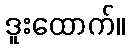
ဒူးထောက်။